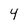
Character: 4